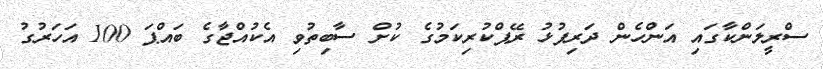
ސްރީލަންކާގައި އަންހެން ދަރިފުޅު ރޭޕްކުރިކަމުގެ ކުށް ސާބިތުވި އެކުއްޖާގެ ބައްޕަ 100 އަހަރުގު